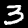
Label: 3